Lunatic asylums Central Provinces reports 1895-1909 - 1895-1909
Year: 1895
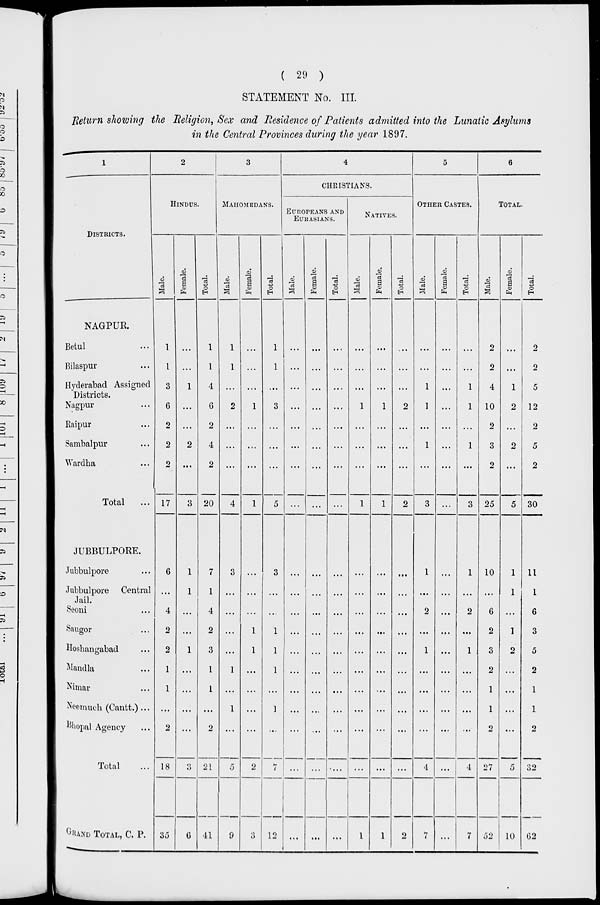
( 29 )
STATEMENT No. III.
Return showing the Religion, Sex and Residence of Patients admitted into the Lunatic Asylums
in the Central Provinces during the year 1897.
1
DISTRICTS.
NAGPUR.
Betul ...
Bilaspur ...
Hyderabad Assigned
Districts.
Nagpur ...
Raipur ...
Sambalpur ...
Wardha ...
Total ...
JUBBULPORE.
Jubbulpore ...
Jubbulpore Central
Jail.
Seoni ...
Saugor ...
Hoshangabad ...
Mandla ...
Nimar ...
Neemuch (Cantt.) ...
Bhopal Agency ...
Total ...
GRAND TOTAL, C. P.
2
HINDUS.
Male.
1
1
3
6
2
2
2
17
6
...
4
2
2
1
1
...
2
18
35
Female.
...
...
1
...
...
2
...
3
1
1
...
...
1
...
...
...
...
3
6
Total.
1
1
4
6
2
4
2
20
7
1
4
2
3
1
1
...
2
21
41
3
MAHOMEDANS.
Male.
1
1
...
2
...
...
...
4
3
...
...
...
...
1
...
1
...
5
9
Female.
...
...
...
1
...
...
...
1
...
...
...
1
1
...
...
...
...
2
3
Total.
1
1
...
3
...
...
...
5
3
...
...
1
1
1
...
1
...
7
12
4
CHRISTIANS.
EUROPEANS AND
EURASIANS.
Male.
...
...
...
...
...
...
...
...
...
...
...
...
...
...
...
...
...
...
...
Female.
...
...
...
...
...
...
...
...
...
...
...
...
...
...
...
...
...
...
...
Total.
...
...
...
...
...
...
...
...
...
...
...
...
...
...
...
...
...
...
...
NATIVES.
Male.
...
...
...
1
...
...
...
1
...
...
...
...
...
...
...
...
...
...
1
Female.
...
...
...
1
...
...
...
1
...
...
...
...
...
...
...
...
...
...
1
Total.
...
...
...
2
...
...
...
2
...
...
...
...
...
...
...
...
...
...
2
5
OTHER CASTES.
Male.
...
...
1
1
...
1
...
3
1
...
2
...
1
...
...
...
...
4
7
Female.
...
...
...
...
...
...
...
...
...
...
...
...
...
...
...
...
...
...
...
Total.
...
...
1
1
...
1
...
3
1
...
2
...
1
...
...
...
...
4
7
6
TOTAL.
Male.
2
2
4
10
2
3
2
25
10
...
6
2
3
2
1
1
2
27
52
Female.
...
...
1
2
...
2
...
5
1
1
...
1
2
...
...
...
...
5
10
Total.
2
2
5
12
2
5
2
30
11
1
6
3
5
2
1
1
2
32
62